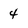
Character: 4